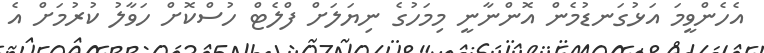
އެހެންވީމަ އަޅުގަނޑުމެން އޮންނާނީ މިމަހުގެ ނިޔަލަށް ފްލެޓް ހުސްކޮށް ހަވާލު ކުރުމަށް އެ